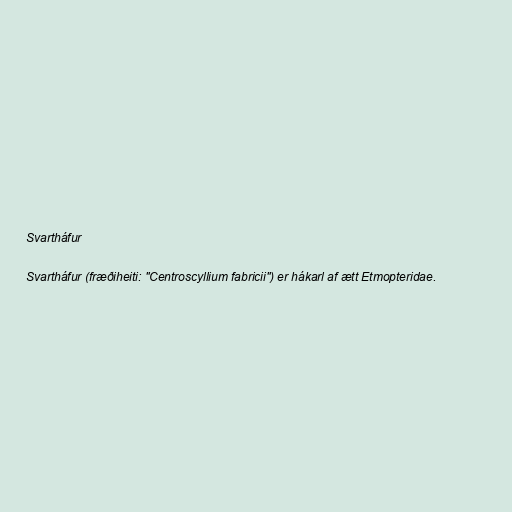
Svartháfur

Svartháfur (fræðiheiti: "Centroscyllium fabricii") er hákarl af ætt Etmopteridae.